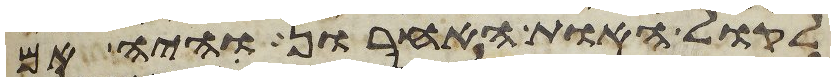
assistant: לקול האות האחרון והיה אם